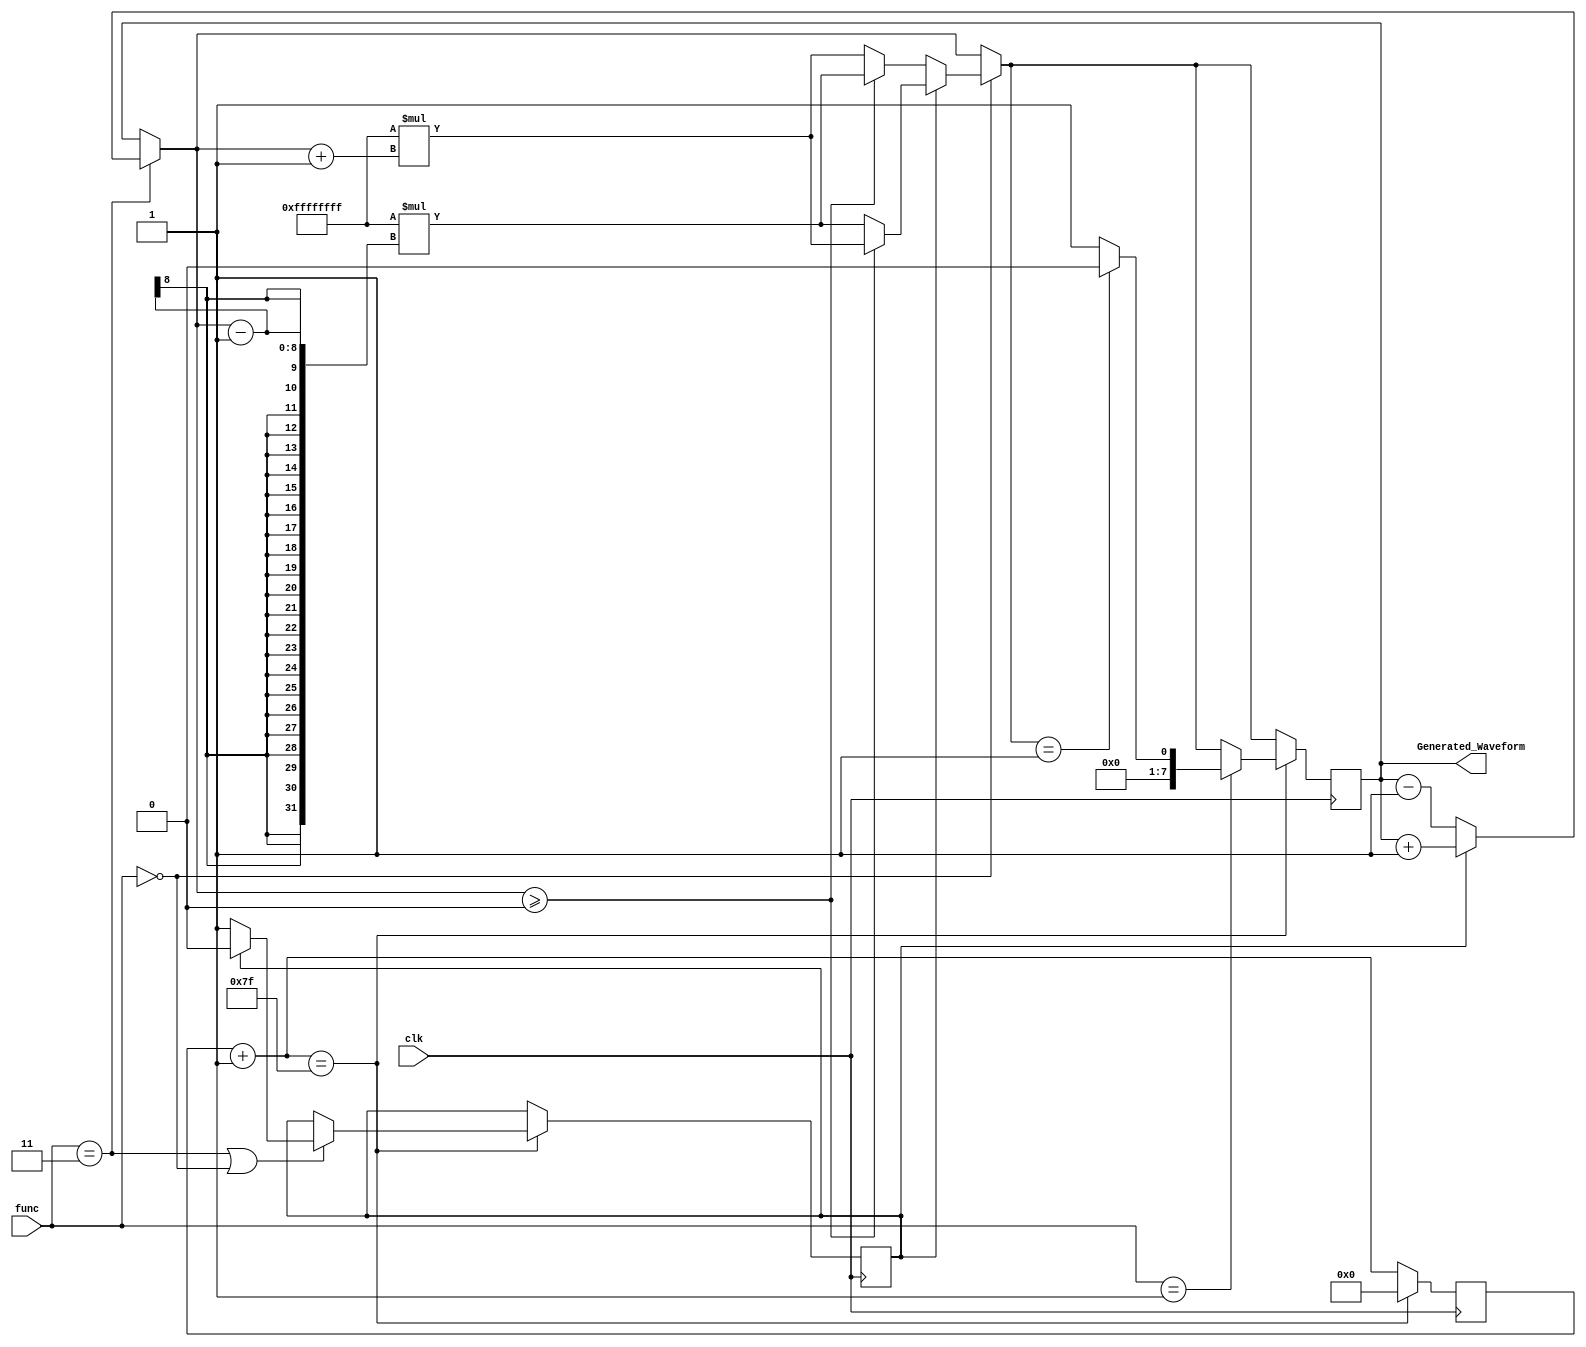
`timescale 1ns/1ns

module WaveForm_Generator_Processor(input clk, input [2 : 0]func, output [7 : 0]Generated_Waveform);

reg counter;
reg [7 : 0]up_count, wave_data;
initial begin
wave_data = 8'b0;
up_count = 8'b0;
counter = 1;
end

always @(posedge clk)begin
    up_count = up_count + 1;
    if(func == 3'b011)begin
      if(counter == 1)
        wave_data = wave_data + 1; 
      else
        wave_data = wave_data - 1;
    end
    if(func == 3'b000)begin
      if(counter == 1)      
        if(wave_data >= 0)
          wave_data = -1 * (wave_data + 1); 
        else
          wave_data = -1 * (wave_data - 1);
      else
        if(wave_data >= 0)
          wave_data = -1 * (wave_data - 1); 
        else
          wave_data = -1 * (wave_data + 1); 
    end
    if(up_count == 127)begin
      if(func == 3'b001)
        wave_data = (wave_data == 8'b00000001) ? 8'b0 : 8'b00000001;
      if(func == 3'b011 || func == 3'b000)
        counter = (counter) ? 0 : 1;
      up_count = 0;
    end
end

assign Generated_Waveform = wave_data;

endmodule